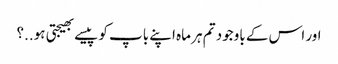
اور اس کے باوجود تم ہر ماہ اپنے باپ کو پیسے بھیجتی ہو..؟